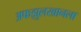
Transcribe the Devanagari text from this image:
अफझुलखानला